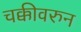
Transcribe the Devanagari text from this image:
चक्कीवरुन